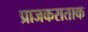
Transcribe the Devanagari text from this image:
प्राजकसताक